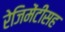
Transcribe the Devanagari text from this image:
रेजिमेंटींसह